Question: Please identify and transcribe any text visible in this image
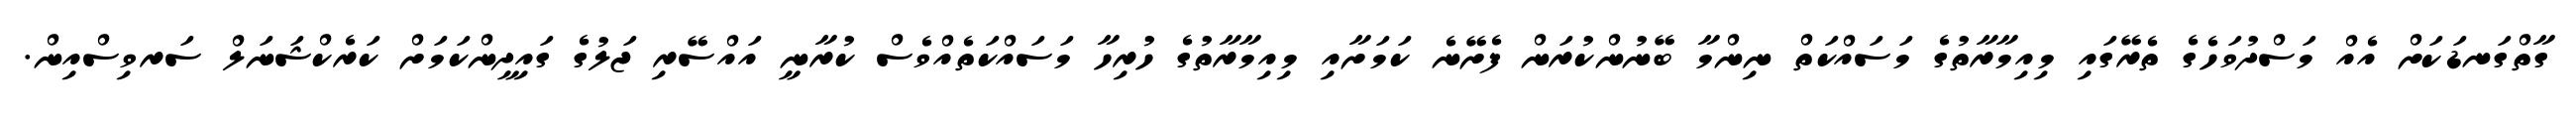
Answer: ގާތްގަނޑަކަށް އެއް މަސްދުވަހެގެ ތެރޭގައި މިއިމާރާތުގެ މަސައްކަތް ނިންމާ ބޭނުންކުރަން ފެށޭނެ ކަމަށާއި މިއިމާރާތުގެ ހުރިހާ މަސައްކަތެއްވެސް ކުރާނީ އައްސޭރި ޖަލުގެ ގައިދީންކަމަށް ކަރެކްޝަނަލް ސަރވިސްއިން.